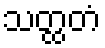
သတ္ထတံ